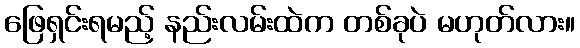
ဖြေရှင်းရမည့် နည်းလမ်းထဲက တစ်ခုပဲ မဟုတ်လား။